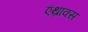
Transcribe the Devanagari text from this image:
एंथ्राक्स